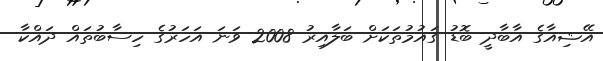
އޭޝިއާގެ އާބާދީ ބޮޑު ގައުމުތަކަށް ބަލާއިރު 2008 ވަނަ އަހަރުގެ ހިސާބުތައް ދައްކާ